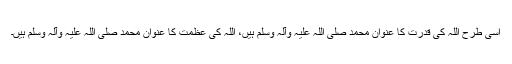
اسی طرح اللہ کی قدرت کا عنوان محمد صلی اللہ علیہ وآلہ وسلم ہیں، اللہ کی عظمت کا عنوان محمد صلی اللہ علیہ وآلہ وسلم ہیں۔